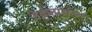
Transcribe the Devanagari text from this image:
वेक्रतावस्था